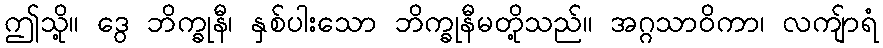
ဤသို့။ ဒွေ ဘိက္ခုနီ၊ နှစ်ပါးသော ဘိက္ခုနီမတို့သည်။ အဂ္ဂသာဝိကာ၊ လကျ်ာရံ